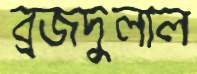
ব্রজদুলাল